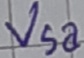
Text: Vsa